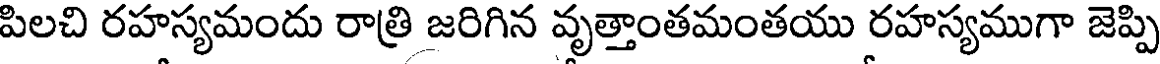
పిలచి రహస్యమందు రాత్రి జరిగిన వృత్తాంతమంతయు రహస్యముగా జెప్పి